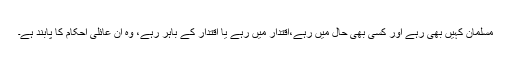
مسلمان کہیں بھی رہے اور کسی بھی حال میں رہے،اقتدار میں رہے یا اقتدار کے باہر رہے، وہ ان عائلی احکام کا پابند ہے۔